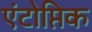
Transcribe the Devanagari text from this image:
एंटोप्तिक